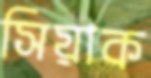
সিয়াক